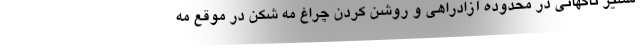
مسیر ناگهانی در محدوده آزادراهی و روشن کردن چراغ مه شکن در موقع مه